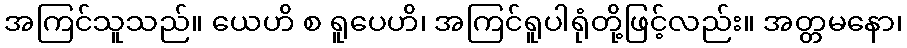
အကြင်သူသည်။ ယေဟိ စ ရူပေဟိ၊ အကြင်ရူပါရုံတို့ဖြင့်လည်း။ အတ္တမနော၊